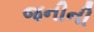
જનીની